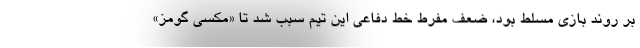
بر روند بازی مسلط بود، ضعف مفرط خط دفاعی این تیم سبب شد تا «مکسی گومز»